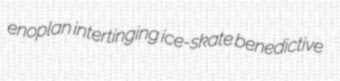
enoplan intertinging ice-skate benedictive